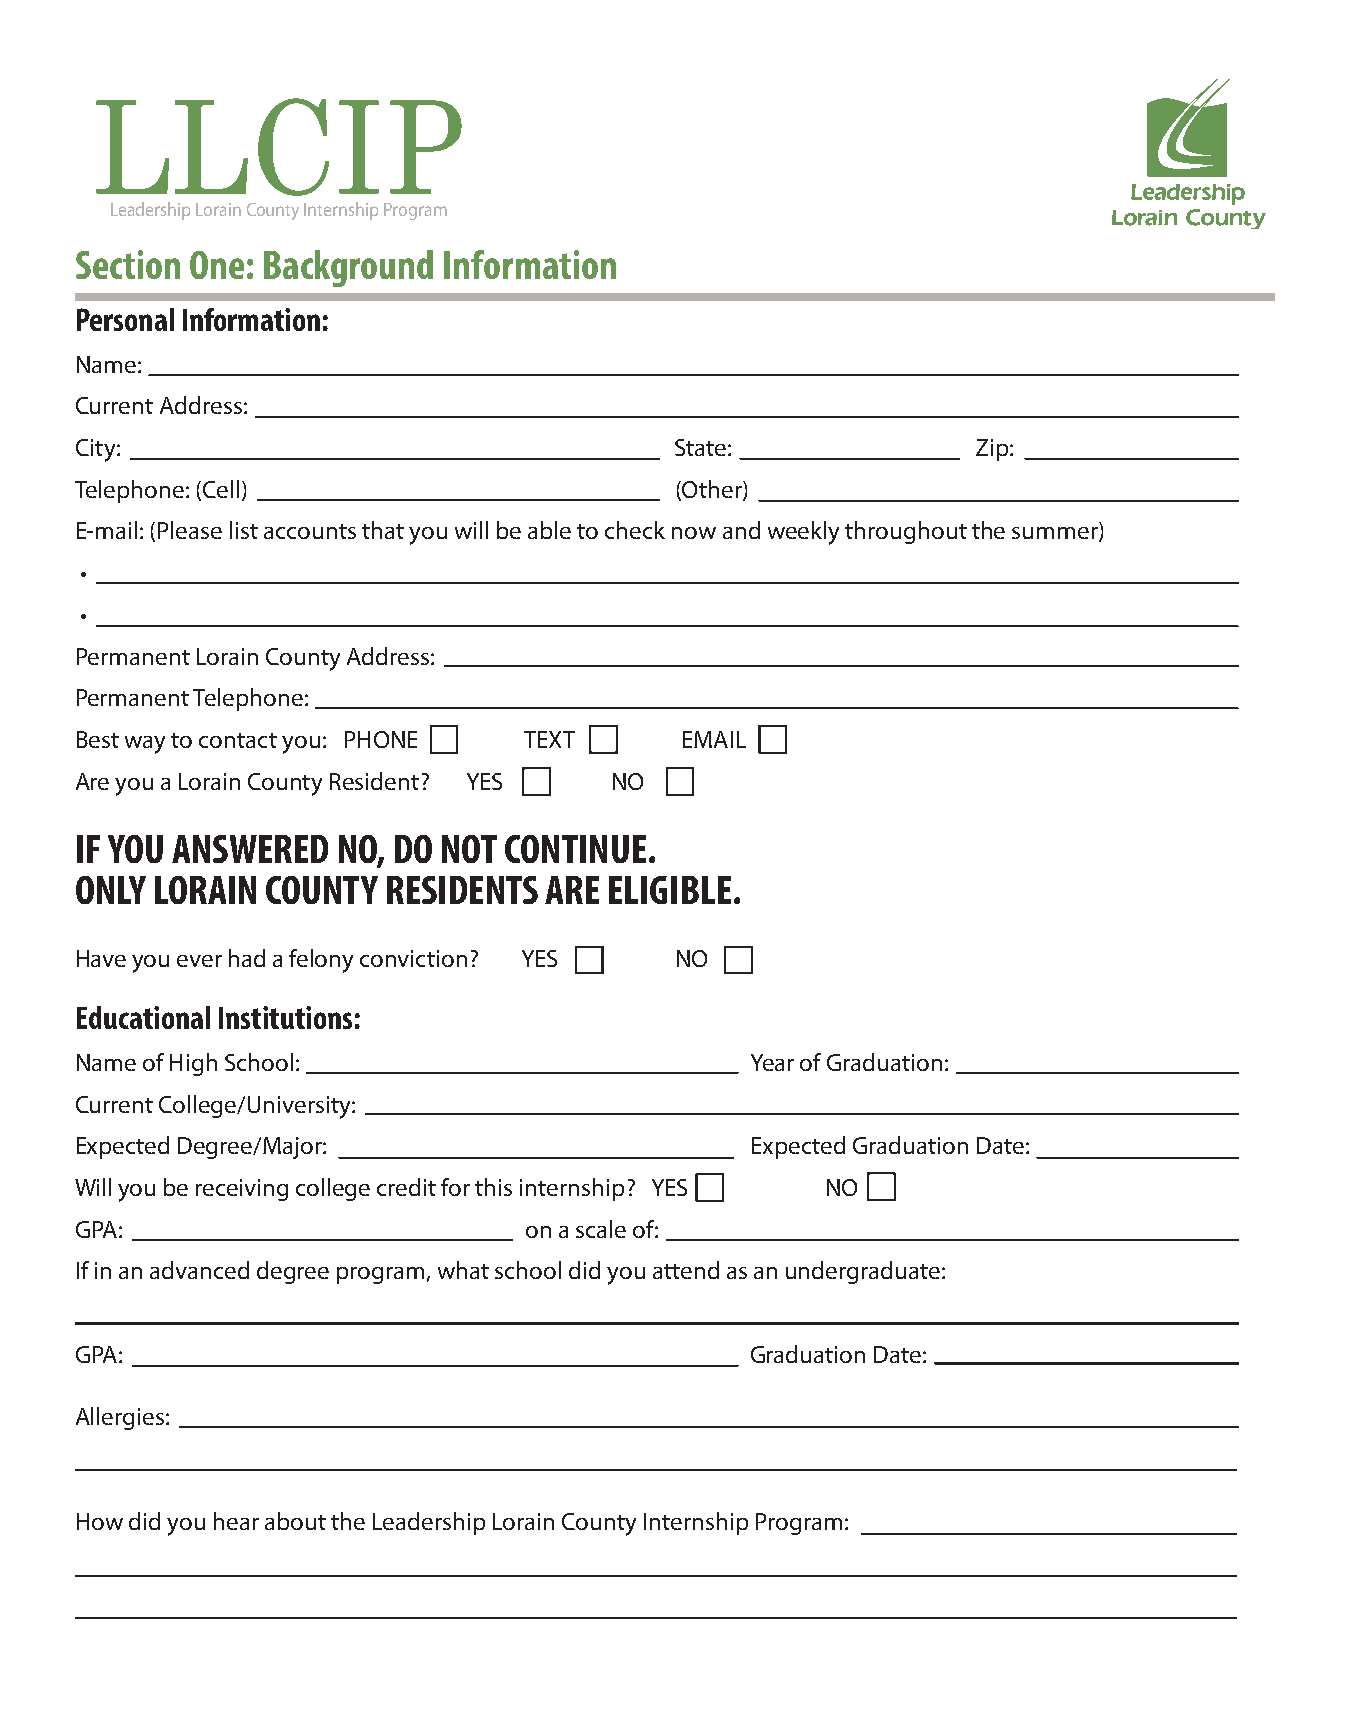
LLCIP
 Leadership Lorain County Internship Program
 Section One: Background Information
 Personal Information:
 Name:
 Current Address:
 City:                                   State:              Zip:
 Telephone: (Cell)                       (Other)
 E-mail: (Please list accounts that you will be able to check now and weekly throughout the summer)
 •
 •
 Permanent Lorain County Address:
 Permanent Telephone:
 Best way to contact you: PHONE TEXT     EMAIL
 Are you a Lorain County Resident? YES NO
 IF YOU ANSWERED  NO, DO NOT CONTINUE.
 ONLY LORAIN  COUNTY RESIDENTS  ARE ELIGIBLE.
 Have you ever had a felony conviction? YES NO
 Educational Institutions:
 Name of High School:                         Year of Graduation:
 Current College/University:
 Expected Degree/Major:                       Expected Graduation Date:
 Will you be receiving college credit for this internship? YES NO
 GPA:                          on a scale of:
 If in an advanced degree program, what school did you attend as an undergraduate:
 GPA:                                         Graduation Date:
 Allergies:
 How did you hear about the Leadership Lorain County Internship Program: